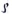
Text: S